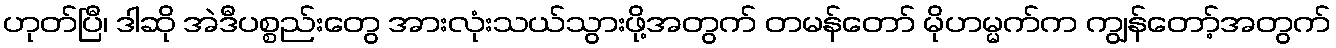
ဟုတ်ပြီ၊ ဒါဆို အဲဒီပစ္စည်းတွေ အားလုံးသယ်သွားဖို့အတွက် တမန်တော် မိုဟမ္မက်က ကျွန်တော့်အတွက်